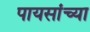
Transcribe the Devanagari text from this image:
पायसांच्या